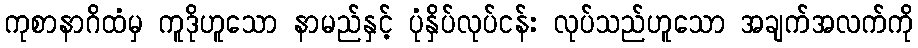
ကုစာနာဂိထံမှ ကူဒိုဟူသော နာမည်နှင့် ပုံနှိပ်လုပ်ငန်း လုပ်သည်ဟူသော အချက်အလက်ကို